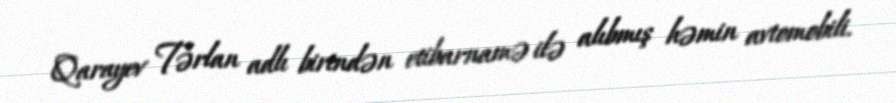
Qarayev Tərlan adlı birindən etibarnamə ilə alıbmış həmin avtomobili.